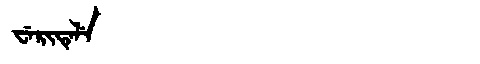
Manchu: ᠸᡝᡵᡳᡨᡝᠯᡝ
Romanization: WERITELE